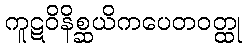
ကူဋဝိနိစ္ဆယိကပေတဝတ္ထု